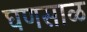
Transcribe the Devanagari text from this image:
घणसाळ